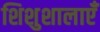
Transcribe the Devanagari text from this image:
शिशुशालाएँ